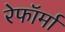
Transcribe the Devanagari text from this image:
रेफॉर्मा